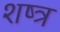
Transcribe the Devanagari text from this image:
शष्त्र